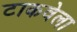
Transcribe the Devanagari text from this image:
टाकवेला